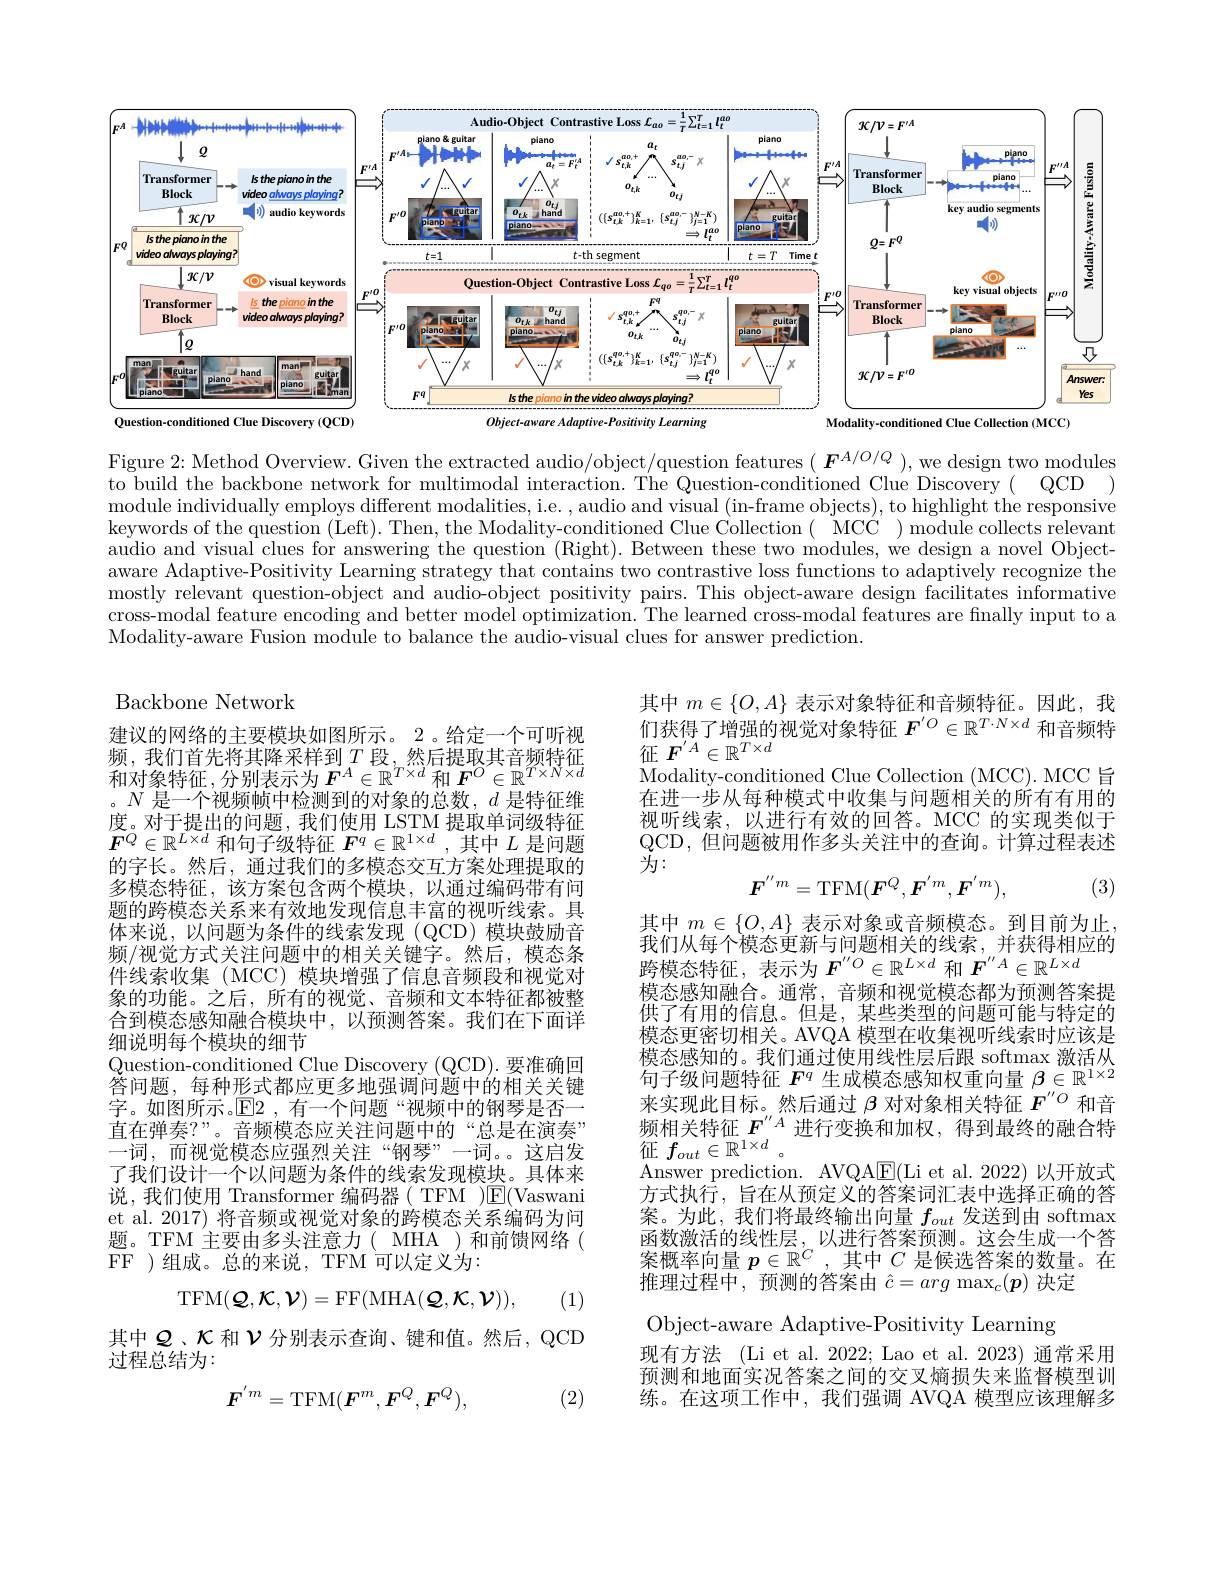
<FigureHere>
Question-conditioned Clue Discovery (QCD)
Object-aware Adaptive- Positivity Learning
Modality-conditioned Clue Collection (MCC)

Figure 2: Method Overview. Given the extracted audio/object/question features $(\boldsymbol{F}^{A/O/Q})$, we design two modules $\bar{\text{to build the backbone network for multimodal interaction. The Question-conditioned Clue Discovery( QCD )}}$ module individually employs different modalities, i.e. , audio and visual (in-frame objects), to highlight the responsive keywords of the question (Left). Then, the Modality-conditioned Clue Collection( MCC ) module collects relevant audio and visual clues for answering the question (Right). Between these two modules, we design a novel Objectaware Adaptive-Positivity Learning strategy that contains two contrastive loss functions to adaptively recognize the mostly relevant question-object and audio-object positivity pairs. This object-aware design facilitates informative cross-modal feature encoding and better model optimization. The learned cross-modal features are finally input to a Modality-aware Fusion module to balance the audio-visual clues for answer prediction.

## Backbone Network

其中$m\in\{O,A\}$表示对象特征和音频特征。因此，我们获得了增强的视觉对象特征$F^{^{\prime}O}\in\mathbb{R}^{T\cdot N\times d}$和音频特征$F^{^{\prime}A}\in\mathbb{R}^{T\times d}$
Modality- conditioned Clue Collection ( MCC) . MCC 旨 在进一步从每种模式中收集与问题相关的所有有用的视听线索，以进行有效的回答。MCC 的实现类似于QCD, 但问题被用作多头关注中的查询。计算过程表述为：
$$\boldsymbol{F}^{''m}=\mathrm{TFM}(\boldsymbol{F}^Q,\boldsymbol{F}^{'m},\boldsymbol{F}^{'m}),$$
(3)

建议的网络的主要模块如图所示。2 。给定一个可听视频，我们首先将其降采样到$T$ 段，然后提取其音频特征和对象特征，分别表示为$F^A\in\mathbb{R}^{T\times d}$和$F^O\in\mathbb{R}^{T\times N\times d}$ 。$N$是一个视频帧中检测到的对象的总数，$d$是特征维度。对于提出的问题，我们使用 LSTM 提取单词级特征$\boldsymbol{F}^Q\in\mathbb{R}^{L\times d}$和句子级特征$\boldsymbol{F}^q\in\mathbb{R}^{1\times d}$,其中$L$是问题的字长。然后，通过我们的多模态交互方案处理提取的多模态特征，该方案包含两个模块，以通过编码带有问题的跨模态关系来有效地发现信息丰富的视听线索。具体来说，以问题为条件的线索发现(QCD)模块鼓励音频/视觉方式关注问题中的相关关键字。然后，模态条件线索收集 (MCC) 模块增强了信息音频段和视觉对象的功能。之后，所有的视觉、音频和文本特征都被整合到模态感知融合模块中，以预测答案。我们在下面详细说明每个模块的细节
Question-conditioned Clue Discovery (QCD). 要准确回答问题，每种形式都应更多地强调问题中的相关关键字。如图所示。E2 ,有一个问题“视频中的钢琴是否一直在弹奏？”。音频模态应关注问题中的“总是在演奏” 一词，而视觉模态应强烈关注“钢琴”一词。。这启发了我们设计一个以问题为条件的线索发现模块。具体来说，我们使用 Transformer 编码器( TFM )E(Vaswani et al. 2017) 将音频或视觉对象的跨模态关系编码为问题。TFM 主要由多头注意力( MHA )和前馈网络( FF )组成。总的来说，TFM 可以定义为：
$$\mathrm{TFM}(\mathcal{Q},\mathcal{K},\mathcal{V})=\mathrm{FF}(\mathrm{MHA}(\mathcal{Q},\mathcal{K},\mathcal{V})),$$
其中$m\in\{O,A\}$表示对象或音频模态。到目前为止， 我们从每个模态更新与问题相关的线索，并获得相应的跨模态特征，表示为$F^{\prime\prime O}\in\mathbb{R}^{L\times d}$和$F^{\prime\prime A}\in\mathbb{R}^{L\times d}$
模态感知融合。通常，音频和视觉模态都为预测答案提供了有用的信息。但是，某些类型的问题可能与特定的模态更密切相关。AVQA 模型在收集视听线索时应该是$\begin{array}{l}\text{模态感知的。我们通过使用线性层后跟 softmax 激活从}\\\text{句子级问题特征 }F^q\text{ 生成模态感知权重向量 }\beta\in\mathbb{R}^{1\times2}\end{array}$ 来实现此目标。然后通过$\beta$对对象相关特征$F^{\prime\prime O}$和音频相关特征$F^{\prime\prime}A$进行变换和加权，得到最终的融合特征$f_out\in\mathbb{R}^{1\times d}$
Answer prediction. AVQAE(Li et al.2022)以开放式方式执行，旨在从预定义的答案词汇表中选择正确的答案。为此，我们将最终输出向量$f_{out}$发送到由 softmax 函数激活的线性层，以进行答案预测。这会生成一个答案概率向量$p\in\mathbb{R}^C$ ,其中$C$是候选答案的数量。在推理过程中，预测的答案由$\hat{c}=arg\max_c(\boldsymbol{p})$决定
Object-aware Adaptive-Positivity Learning
现有方法 (Li et al. 2022; Lao et al. 2023) 通常采用预测和地面实况答案之间的交叉熵损失来监督模型训

(1)

其中$\varrho$、$\kappa$和$\nu$分别表示查询、键和值。然后，QCD
过程总结为：
$$F^{'m}=\mathrm{TFM}(F^{m},F^{Q},F^{Q}),$$
练。在这项工作中，我们强调 AVQA 模型应该理解多

(2)